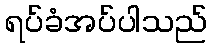
ရပ်ခံအပ်ပါသည်